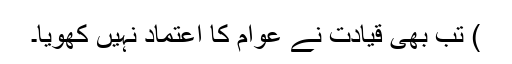
) تب بھی قیادت نے عوام کا اعتماد نہیں کھویا۔